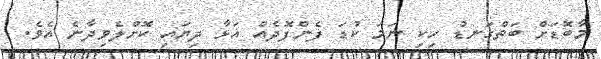
މާބޮޑަށް ބަތްގަނޑު ހިކި ނަމަ ކުޑަ ފެންފޮދެއް އަޅާ ދިޔައި ކޮށްލެވިދާނެ އެވެ.